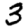
Digit: 3